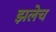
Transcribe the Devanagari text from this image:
झलेच